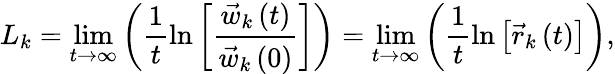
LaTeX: L_{k}=\operatorname*{lim}_{t\to\infty}{\left(\frac{1}{t}\ln{\left[\frac{\vec{w}_{k}\left(t\right)}{\vec{w}_{k}\left(0\right)}\right]}\right)}=\operatorname*{lim}_{t\to\infty}{\left(\frac{1}{t}\ln{\left[\vec{r}_{k}\left(t\right)\right]}\right)},